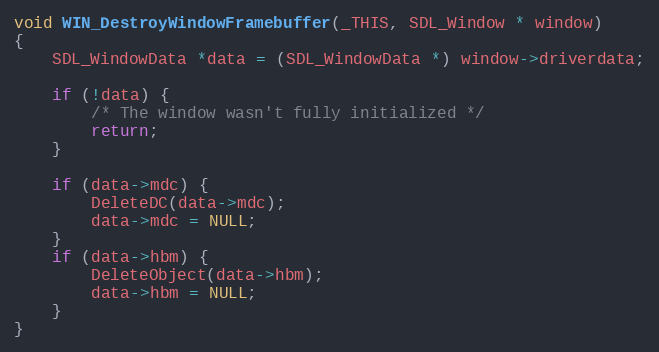
Language: C
void WIN_DestroyWindowFramebuffer(_THIS, SDL_Window * window)
{
    SDL_WindowData *data = (SDL_WindowData *) window->driverdata;

    if (!data) {
        /* The window wasn't fully initialized */
        return;
    }

    if (data->mdc) {
        DeleteDC(data->mdc);
        data->mdc = NULL;
    }
    if (data->hbm) {
        DeleteObject(data->hbm);
        data->hbm = NULL;
    }
}